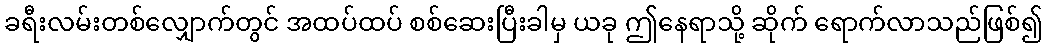
ခရီးလမ်းတစ်လျှောက်တွင် အထပ်ထပ် စစ်ဆေးပြီးခါမှ ယခု ဤနေရာသို့ ဆိုက် ရောက်လာသည်ဖြစ်၍